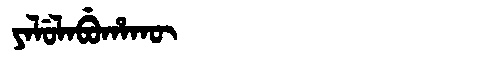
Manchu: ᠶᠠᠯᡠᠯᠠᠪᡠᡥᠠᡴᡡ
Romanization: YALULABUHAKŪ